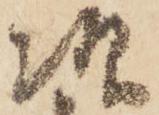
次